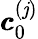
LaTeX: \pmb{c}_{0}^{(\mathit{j})}